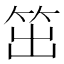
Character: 笜